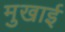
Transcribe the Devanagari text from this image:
मुखाई